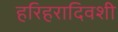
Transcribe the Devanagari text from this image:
हरिहरादिवशी